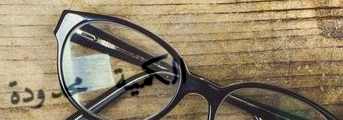
الكمية محدودة